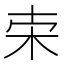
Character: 𣐁